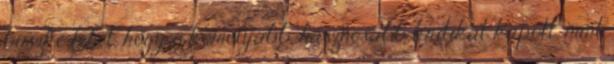
büszke lehet, hogy ő komolyabb, hasznosabb kritikát kapott, mint